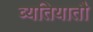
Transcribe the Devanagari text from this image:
व्यतियातौ